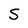
Character: S